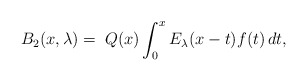
\begin{align*}B_2(x,\lambda)= \; Q(x) \int_0^x E_\lambda(x-t)f(t)\,dt,\end{align*}